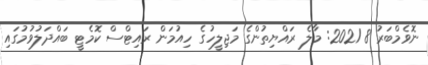
ނޮވެމްބަރު 8 2021: މާލެ ރައްޔިތުންގެ މަޖިލީހުގެ ހިއުމަން ރައިޓްސް ކޮމެޓީ ބައްދަލުވުމުގައި